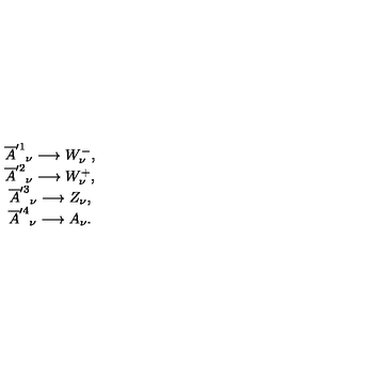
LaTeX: \begin{array} { c } { \overline { { A } } ^ { \prime 1 } { } _ { \nu } \longrightarrow W _ { \nu } ^ { - } , } \\ { \overline { { A } } ^ { \prime 2 } { } _ { \nu } \longrightarrow W _ { \nu } ^ { + } , } \\ { \overline { { A } } ^ { \prime 3 } { } _ { \nu } \longrightarrow Z _ { \nu } , } \\ { \overline { { A } } ^ { \prime 4 } { } _ { \nu } \longrightarrow A _ { \nu } . } \\ \end{array}